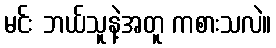
မင်း ဘယ်သူနဲ့အတူ ကစားသလဲ။